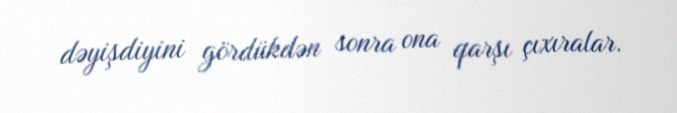
dəyişdiyini gördükdən sonra ona qarşı çıxıralar.